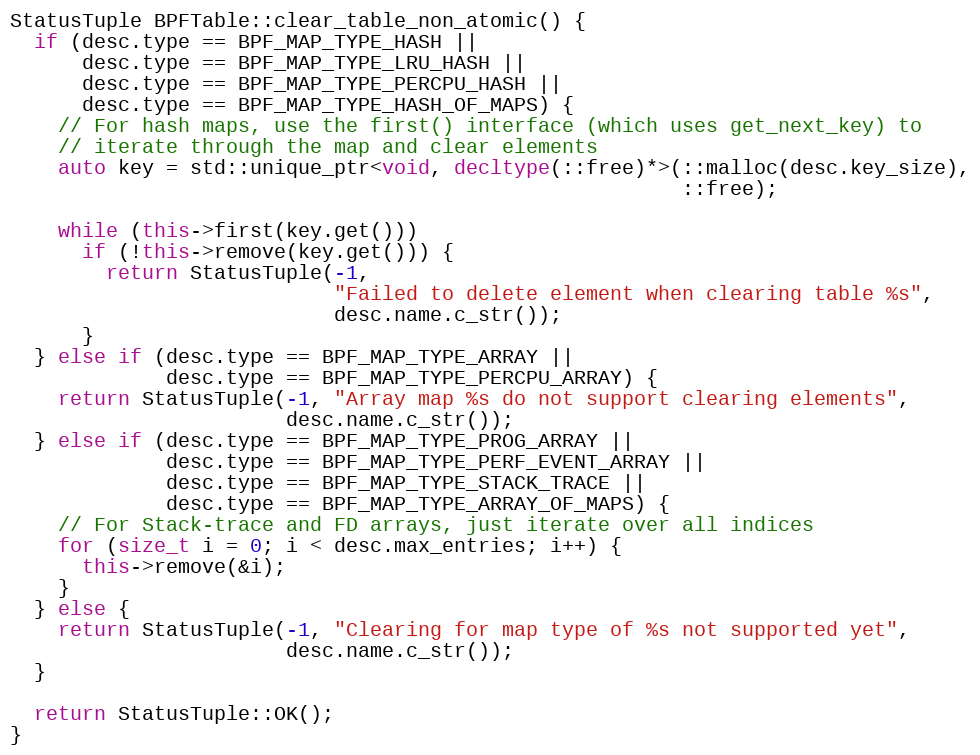
Language: C++
StatusTuple BPFTable::clear_table_non_atomic() {
  if (desc.type == BPF_MAP_TYPE_HASH ||
      desc.type == BPF_MAP_TYPE_LRU_HASH ||
      desc.type == BPF_MAP_TYPE_PERCPU_HASH ||
      desc.type == BPF_MAP_TYPE_HASH_OF_MAPS) {
    // For hash maps, use the first() interface (which uses get_next_key) to
    // iterate through the map and clear elements
    auto key = std::unique_ptr<void, decltype(::free)*>(::malloc(desc.key_size),
                                                        ::free);

    while (this->first(key.get()))
      if (!this->remove(key.get())) {
        return StatusTuple(-1,
                           "Failed to delete element when clearing table %s",
                           desc.name.c_str());
      }
  } else if (desc.type == BPF_MAP_TYPE_ARRAY ||
             desc.type == BPF_MAP_TYPE_PERCPU_ARRAY) {
    return StatusTuple(-1, "Array map %s do not support clearing elements",
                       desc.name.c_str());
  } else if (desc.type == BPF_MAP_TYPE_PROG_ARRAY ||
             desc.type == BPF_MAP_TYPE_PERF_EVENT_ARRAY ||
             desc.type == BPF_MAP_TYPE_STACK_TRACE ||
             desc.type == BPF_MAP_TYPE_ARRAY_OF_MAPS) {
    // For Stack-trace and FD arrays, just iterate over all indices
    for (size_t i = 0; i < desc.max_entries; i++) {
      this->remove(&i);
    }
  } else {
    return StatusTuple(-1, "Clearing for map type of %s not supported yet",
                       desc.name.c_str());
  }

  return StatusTuple::OK();
}